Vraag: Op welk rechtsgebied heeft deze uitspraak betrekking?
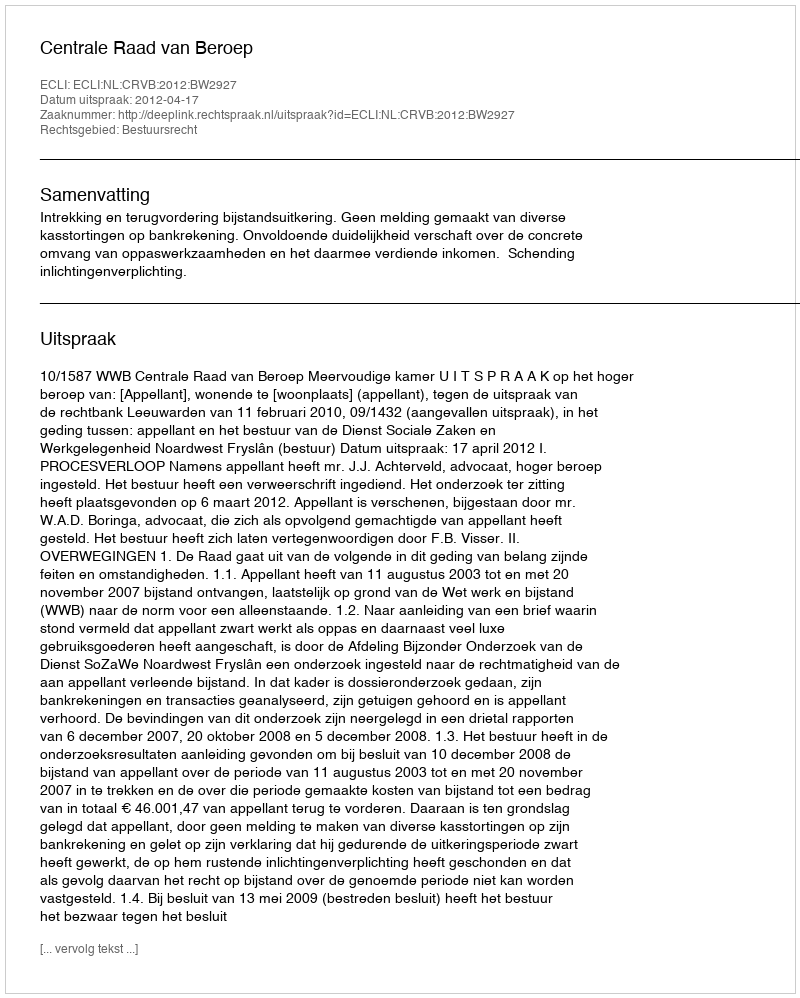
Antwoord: Bestuursrecht